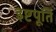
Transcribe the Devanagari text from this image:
इष्टपूर्ति